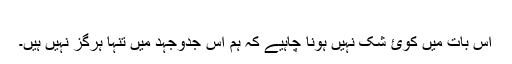
​
اس بات ميں کوئ شک نہيں ہونا چاہيے کہ ہم اس جدوجہد ميں تنہا ہرگز نہيں ہيں۔